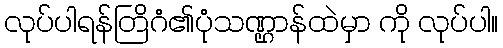
လုပ်ပါရန်တြိဂံ၏ပုံသဏ္ဌာန်ထဲမှာ ကို လုပ်ပါ။